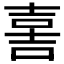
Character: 𡔯